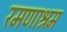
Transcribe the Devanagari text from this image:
रमणाश्रम